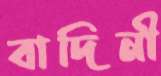
বাদিনী